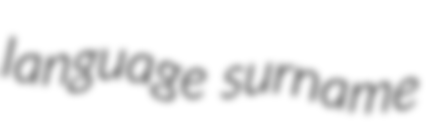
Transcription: language surname